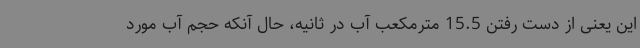
این یعنی از دست رفتن 15.5 مترمکعب آب در ثانیه، حال آنکه حجم آب مورد